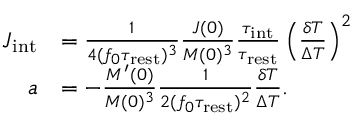
\begin{array} { r l } { J _ { \mathrm { i n t } } } & { = \frac { 1 } { 4 ( f _ { 0 } \tau _ { \mathrm { r e s t } } ) ^ { 3 } } \frac { J ( 0 ) } { M ( 0 ) ^ { 3 } } \frac { \tau _ { \mathrm { i n t } } } { \tau _ { \mathrm { r e s t } } } \left( \frac { \delta T } { \Delta T } \right) ^ { 2 } } \\ { a } & { = - \frac { M ^ { \prime } ( 0 ) } { M ( 0 ) ^ { 3 } } \frac { 1 } { 2 ( f _ { 0 } \tau _ { \mathrm { r e s t } } ) ^ { 2 } } \frac { \delta T } { \Delta T } . } \end{array}